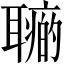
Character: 𦗽